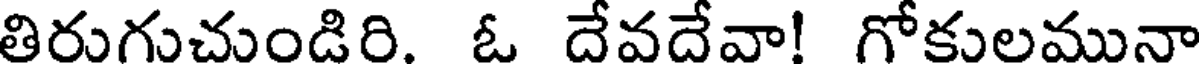
తిరుగుచుండిరి. ఓ దేవదేవా! గోకులమునా